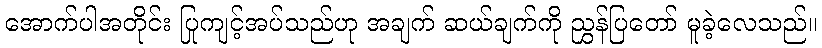
အောက်ပါအတိုင်း ပြုကျင့်အပ်သည်ဟု အချက် ဆယ်ချက်ကို ညွှန်ပြတော် မူခဲ့လေသည်။